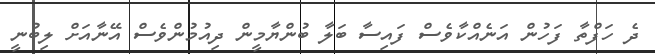
ދެ ހަފްތާ ފަހުން އަނެއްކާވެސް ފައިސާ ބަލާ ބުންޔާމީން ދިއުމުންވެސް އޭނާއަށް ލިބުނީ